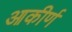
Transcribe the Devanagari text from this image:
आकीर्ण